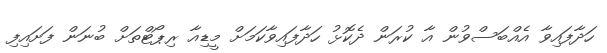
ހަދާފައިވާ އެއްބަސްވުން އާ ކުރަން ދެކޮޅު ހަދާފައިވާކަމަށް މީޑިއާ ރިޕޯޓްތަށް ބުނަން ފަށައިފި